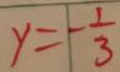
y = - \frac { 1 } { 3 }